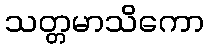
သတ္တမာသိကော